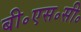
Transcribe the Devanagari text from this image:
बी॰एस॰सी॰